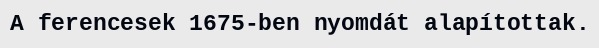
A ferencesek 1675-ben nyomdát alapítottak.